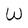
Character: W